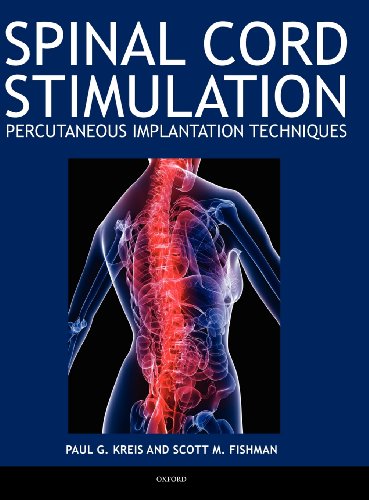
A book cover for Spinal Cord Stimulation Implantation: Percutaneous Implantation Techniques; Paul Kreis; Health, Fitness & Dieting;